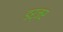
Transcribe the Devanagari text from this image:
डर्जर